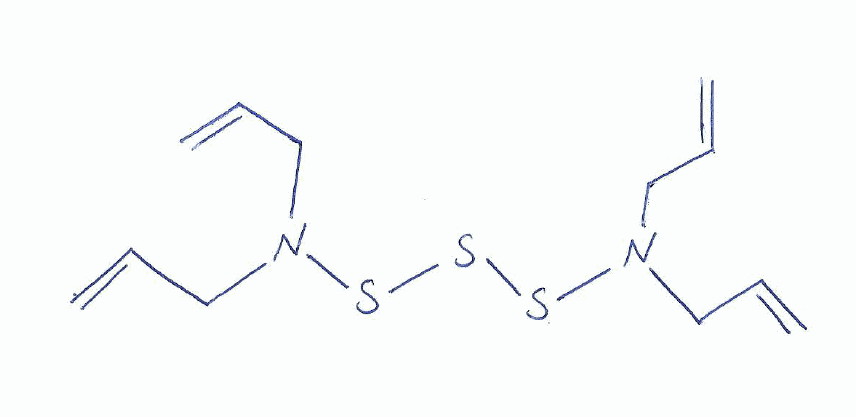
Simplified molecular-input line-entry system (SMILES) notation of the given molecule:
C=CCN(CC=C)SSSN(CC=C)CC=C